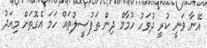
އޭނާ ވަނީ ކުރީ ދުވަހު ހުމާމް ދިން ތަފުސީލުތައް ހަމަ އެގޮތަށް މިއަދު